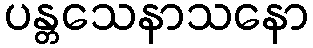
ပန္တသေနာသနော